Civil Veterinary Dept. North-West Frontier Province 1933-46 - 1933-1946
Year: 1933
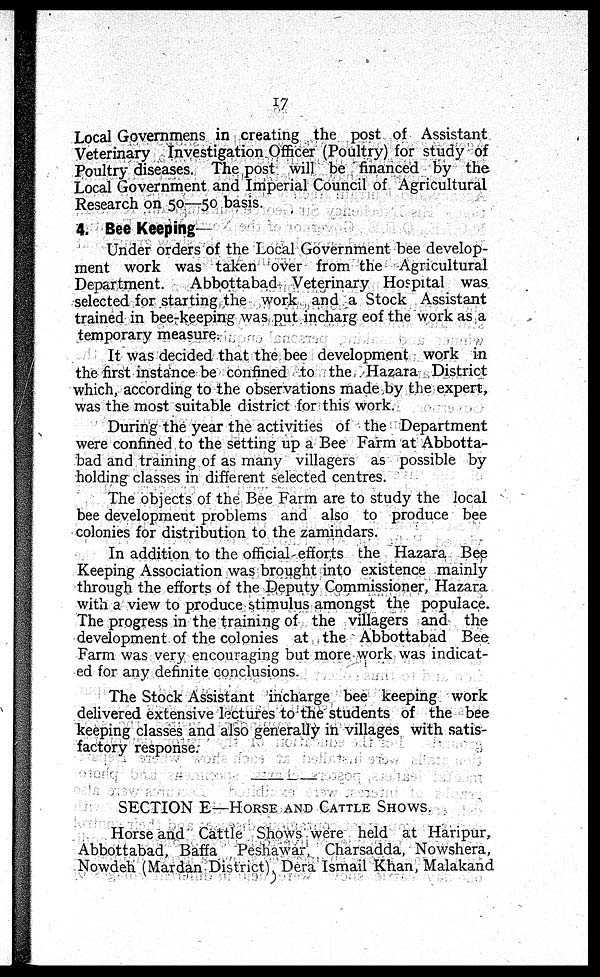
17
Local Governmens in creating the post of Assistant
Veterinary Investigation Officer (Poultry) for study of
Poultry diseases. The post will be financed by the
Local Government and Imperial Council of Agricultural
Research on 50—50 basis.
4. Bee Keeping—
Under orders of the Local Government bee develop-
ment work was taken over from the Agricultural
Department.
Abbottabad Veterinary Hospital was
selected for starting the work and a Stock Assistant
trained in bee-keeping was put incharge of the work as a
temporary measure.
It was decided that the bee development work in
the first instance be confined to the Hazara District
which, according to the observations made by the expert,
was the most suitable district for this work.
During the year the activities of the Department
were confined to the setting up a Bee Farm at Abbotta-
bad and training of as many villagers as possible by
holding classes in different selected centres.
The objects of the Bee Farm are to study the local
bee development problems and also to produce bee
colonies for distribution to the zamindars.
In addition to the official efforts the Hazara Bee
Keeping Association was brought into existence mainly
through the efforts of the Deputy Commissioner, Hazara
with a view to produce stimulus amongst the populace.
The progress in the training of the villagers and the
development of the colonies at the Abbottabad Bee
Farm was very encouraging but more work was indicat-
ed for any definite conclusions.
The Stock Assistant incharge bee keeping work
delivered extensive lectures to the students of the bee
keeping classes and also generally in villages with satis-
factory response.
SECTION E—HORSE AND CATTLE SHOWS.
Horse and Cattle Shows were held at Haripur,
Abbottabad, Baffa Peshawar, Charsadda, Nowshera,
Nowdeh (Mardan District) Dera Ismail Khan, Malakand